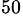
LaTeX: ^{50}